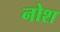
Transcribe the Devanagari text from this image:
नोश